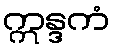
ဣန္ဒကံ